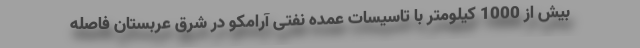
بیش از 1000 کیلومتر با تاسیسات عمده نفتی آرامکو در شرق عربستان فاصله